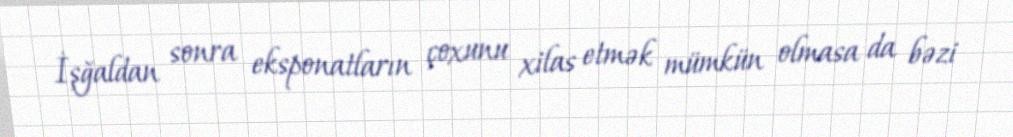
İşğaldan sonra eksponatların çoxunu xilas etmək mümkün olmasa da bəzi